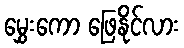
မွှေးကော ဖြေနိုင်လား